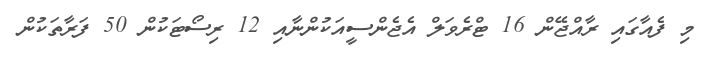
މި ފެއާގައި ރާއްޖޭން 16 ޓްރެވަލް އެޖެންސީއަކުންނާއި 12 ރިސޯޓަކުން 50 ފަރާތަކުން